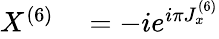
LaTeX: \begin{array}{rl}{X^{(6)}}&{{}=-ie^{i\pi J_{x}^{(6)}}}\end{array}